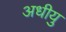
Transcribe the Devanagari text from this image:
अधीयु